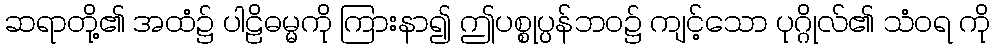
ဆရာတို့၏ အထံ၌ ပါဠိဓမ္မကို ကြားနာ၍ ဤပစ္စုပ္ပန်ဘဝ၌ ကျင့်သော ပုဂ္ဂိုလ်၏ သံဝရ ကို